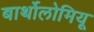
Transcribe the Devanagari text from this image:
बार्थोलोमियू